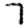
Digit: 7